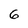
Character: 6